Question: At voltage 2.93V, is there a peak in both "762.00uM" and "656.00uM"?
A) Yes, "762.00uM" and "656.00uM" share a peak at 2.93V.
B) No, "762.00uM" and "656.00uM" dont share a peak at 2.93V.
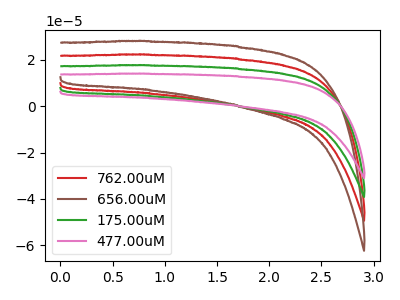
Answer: <think>The red curve "762.00uM" has no peaks. The brown curve "656.00uM" has no peaks. The green curve "175.00uM" has no peaks. The pink curve "477.00uM" has no peaks.</think>
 <answer>B) No, "762.00uM" and "656.00uM" dont share a peak at 2.93V.</answer>
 <eval>B</eval>